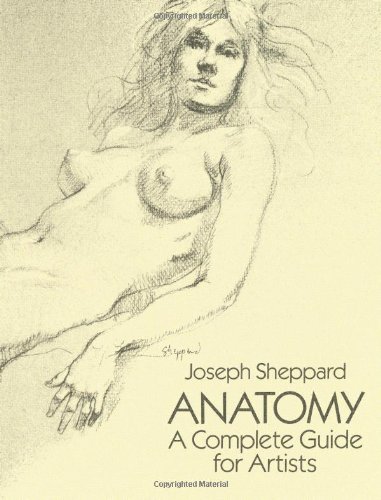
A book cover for Anatomy: A Complete Guide for Artists (Dover Anatomy for Artists); Joseph Sheppard; Arts & Photography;